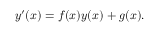
y ^ { \prime } ( x ) = f ( x ) y ( x ) + g ( x ) .